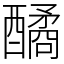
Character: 䤎